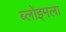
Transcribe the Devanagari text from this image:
ब्लोइमला